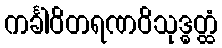
ကင်္ခါဝိတရဏဝိသုဒ္ဓတ္ထံ